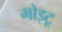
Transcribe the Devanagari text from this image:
मोइटू